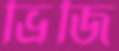
ভ্রিজি